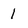
Character: 1